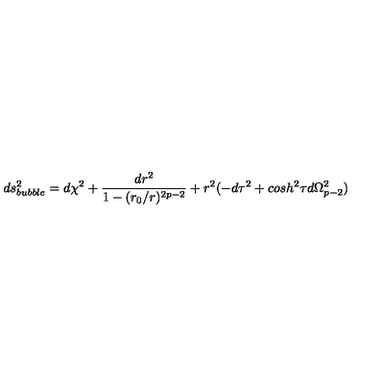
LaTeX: d s _ { b u b b l e } ^ { 2 } = d \chi ^ { 2 } + \frac { d r ^ { 2 } } { 1 - ( r _ { 0 } / r ) ^ { 2 p - 2 } } + r ^ { 2 } ( - d \tau ^ { 2 } + c o s h ^ { 2 } \tau d \Omega _ { p - 2 } ^ { 2 } )